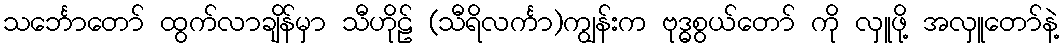
သင်္ဘောတော် ထွက်လာချိန်မှာ သီဟိုဠ် (သီရိလင်္ကာ)ကျွန်းက ဗုဒ္ဓစွယ်တော် ကို လှူဖို့ အလှူတော်နဲ့